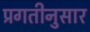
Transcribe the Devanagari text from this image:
प्रगतीनुसार